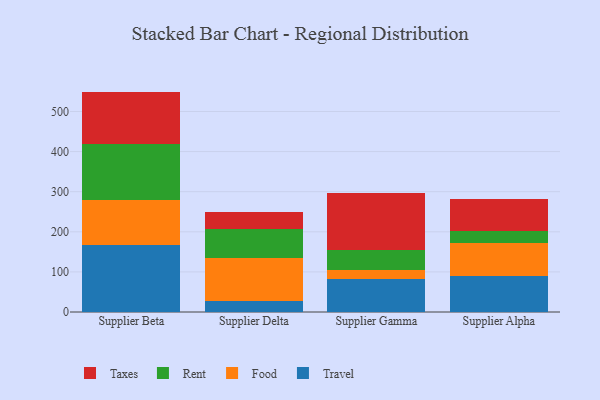
{"axis": {"x": "Supplier", "y": "Headcount"}, "legend": ["Food", "Rent", "Taxes", "Travel"], "data": [{"x": "Supplier Beta", "y": 166.6, "type": "Travel"}, {"x": "Supplier Beta", "y": 113.2, "type": "Food"}, {"x": "Supplier Beta", "y": 138.7, "type": "Rent"}, {"x": "Supplier Beta", "y": 131.1, "type": "Taxes"}, {"x": "Supplier Delta", "y": 28.0, "type": "Travel"}, {"x": "Supplier Delta", "y": 106.5, "type": "Food"}, {"x": "Supplier Delta", "y": 72.9, "type": "Rent"}, {"x": "Supplier Delta", "y": 41.3, "type": "Taxes"}, {"x": "Supplier Gamma", "y": 82.5, "type": "Travel"}, {"x": "Supplier Gamma", "y": 22.3, "type": "Food"}, {"x": "Supplier Gamma", "y": 49.9, "type": "Rent"}, {"x": "Supplier Gamma", "y": 142.2, "type": "Taxes"}, {"x": "Supplier Alpha", "y": 90.8, "type": "Travel"}, {"x": "Supplier Alpha", "y": 80.4, "type": "Food"}, {"x": "Supplier Alpha", "y": 29.8, "type": "Rent"}, {"x": "Supplier Alpha", "y": 80.0, "type": "Taxes"}]}